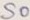
Text: S0